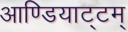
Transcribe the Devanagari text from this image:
आण्डियाट्टम्